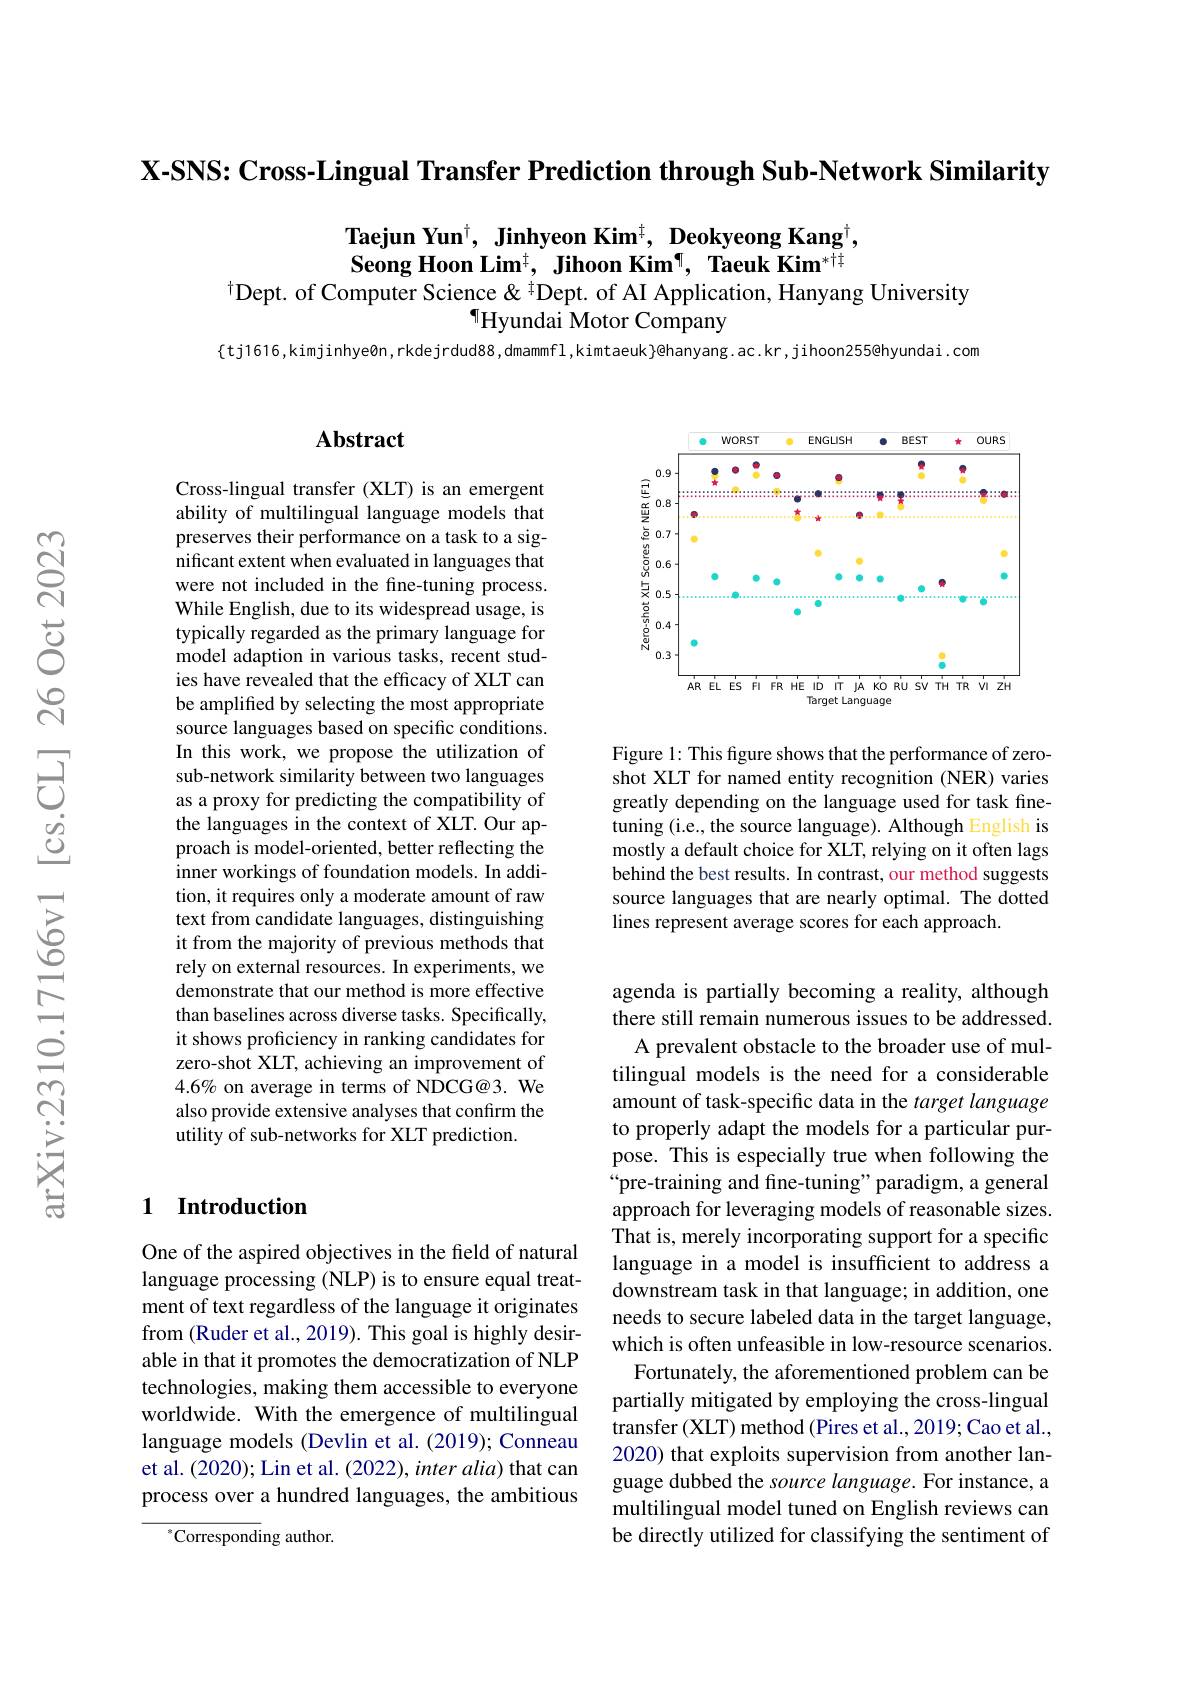
$\textbf{X- SNS: Cross- Lingual Transfer Prediction through Sub- Network Similarity}$

$\textbf{Taejun Yun}^{\dagger},\textbf{ Jinhyeon Kim}^{\dagger},\textbf{ Deokyeong Kang}^{\dagger}$, Seong Hoon Lim$^{\dagger},\textbf{ Jihoon Kim¶, Taeuk Kim}^{*\text{t}}$
$^{\dagger}$Dept. of Computer Science& $^{\dagger}$Dept. of AI Application, Hanyang University

$^{\P}$Hyundai Motor Company

$\{$tj1616,kimjinhye8n,rkdejrdud88,dmammfl,kimtaeuk}@hanyang.ac.kr,jihoon255@hyundai.com

## $\mathbf{Abstract}$

Cross-lingual transfer (XLT) is an emergent ability of multilingual language models that preserves their performance on a task to a significant extent when evaluated in languages that were not included in the fine-tuning process. While English, due to its widespread usage, is typically regarded as the primary language for model adaption in various tasks, recent studies have revealed that the efficacy of XLT can be amplified by selecting the most appropriate source languages based on specific conditions. In this work, we propose the utilization of sub-network similarity between two languages as a proxy for predicting the compatibility of the languages in the context of XLT. Our approach is model-oriented, better reflecting the inner workings of foundation models. In addition, it requires only a moderate amount of raw text from candidate languages, distinguishing it from the majority of previous methods that rely on external resources. In experiments, we demonstrate that our method is more effective than baselines across diverse tasks. Specifically, it shows proficiency in ranking candidates for zero-shot XLT, achieving an improvement of $4.6\%$ on average in terms of NDCG@3. We also provide extensive analyses that confirm the utility of sub-networks for XLT prediction.

### 1 $\textbf{Introduction}$

One of the aspired objectives in the field of natural language processing (NLP) is to ensure equal treatment of text regardless of the language it originates from (Ruder et al., 2019). This goal is highly desirable in that it promotes the democratization of NLP technologies, making them accessible to everyone worldwide. With the emergence of multilingual language models (Devlin et al. (2019); Conneau et al. (2020); Lin et al. (2022), inter alia) that can process over a hundred languages, the ambitious

$^{*}$Corresponding author.

<FigureHere>

Figure 1: This figure shows that the performance of zeroshot XLT for named entity recognition (NER) varies greatly depending on the language used for task finetuning (i.e., the source language). Although English is mostly a default choice for XLT, relying on it often lags behind the best results. In contrast, our method suggests source languages that are nearly optimal. The dotted lines represent average scores for each approach.

agenda is partially becoming a reality, although there still remain numerous issues to be addressed. A prevalent obstacle to the broader use of multilingual models is the need for a considerable amount of task-specific data in the target language to properly adapt the models for a particular purpose. This is especially true when following the “pre-training and fine-tuning" paradigm, a general approach for leveraging models of reasonable sizes. That is, merely incorporating support for a specific language in a model is insufficient to address a downstream task in that language; in addition, one needs to secure labeled data in the target language, which is often unfeasible in low-resource scenarios.
Fortunately, the aforementioned problem can be partially mitigated by employing the cross-lingual transfer (XLT) method (Pires et al., 2019; Cao et al., 2020) that exploits supervision from another language dubbed the source language. For instance, a multilingual model tuned on English reviews can be directly utilized for classifying the sentiment of